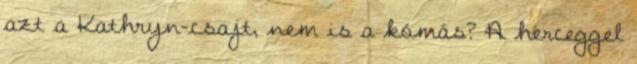
azt a Kathryn-csajt, nem is a kómás? A herceggel